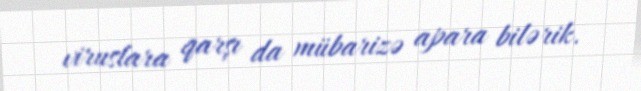
viruslara qarşı da mübarizə apara bilərik.